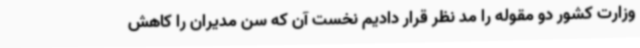
وزارت کشور دو مقوله را مد نظر قرار دادیم نخست آن که سن مدیران را کاهش